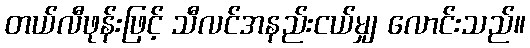
တယ်လီဖုန်းဖြင့် သီလင်အနည်းငယ်မျှ လောင်းသည်။